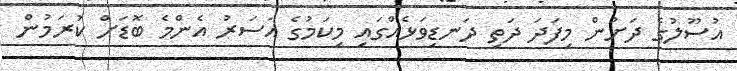
އުސޫލުގެ ދަށުން މިފަދަ ދަތި ދަނޑިވަޅެއްގައި މިކަމުގެ އަސަރު އެންމެ ބޮޑަށް ކުރަމުން